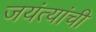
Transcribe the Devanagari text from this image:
जयंत्यांची